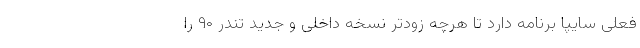
فعلی سایپا برنامه دارد تا هرچه زودتر نسخه داخلی و جدید تندر ۹۰ را